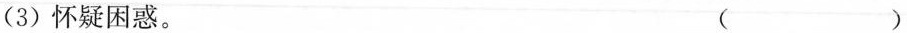
(3)怀疑困惑。 ( )